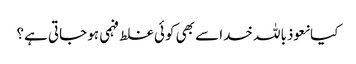
کیا نعوذباللہ خدا سے بھی کوئی غلط فہمی ہو جاتی ہے؟